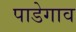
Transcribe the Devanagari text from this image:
पाडेगाव